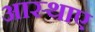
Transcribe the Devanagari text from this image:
आस्थाए